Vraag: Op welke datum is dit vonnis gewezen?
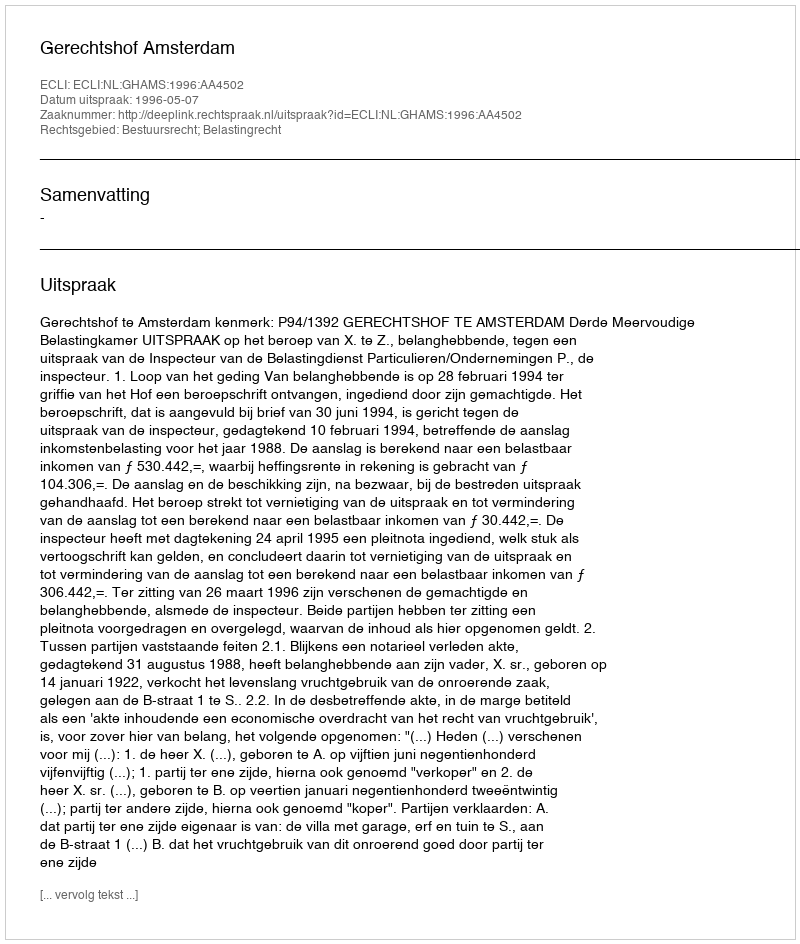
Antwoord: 1996-05-07